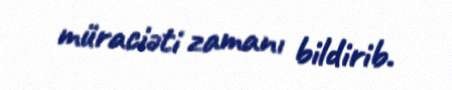
müraciəti zamanı bildirib.